King Institute of Preventive Medicine Micro-Biological Section reports 1909-11
Year: 1909
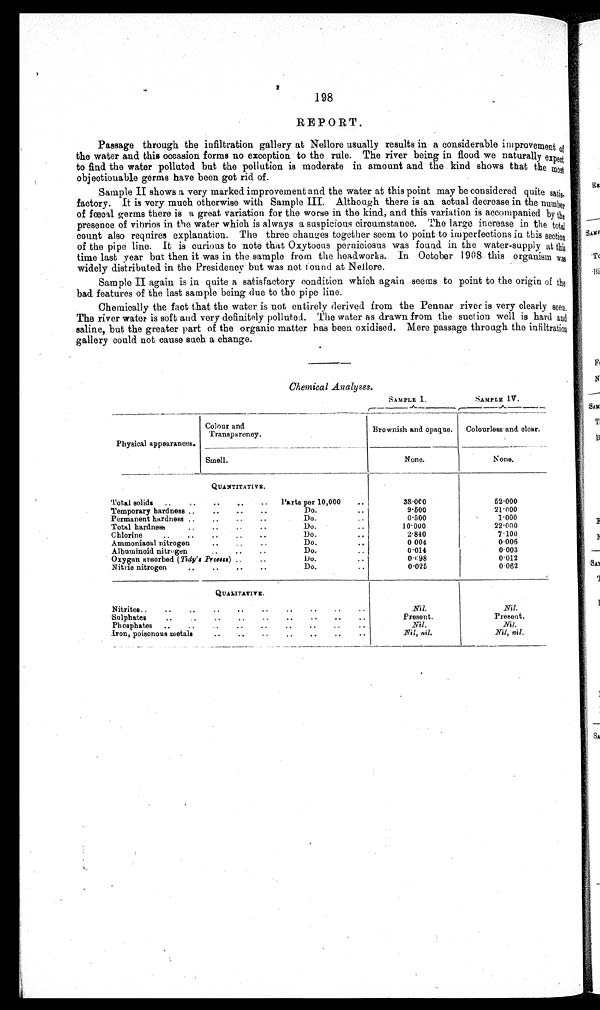
SAMPLE I.
SAMPLE IV.
198
REPORT.
Passage through the infiltration gallery at Nellore usually results in a considerable improvement of
the water and this occasion forms no exception to the rule. The river being in flood we naturally expect
to find the water polluted but the pollution is moderate in amount and the kind shows that the most
objectionable germs have been got rid of.
Sample II shows a very marked improvement and the water at this point may be considered quite satis-
factory. It is very much otherwise with Sample III. Although there is an actual decrease in the number
of fœcal germs there is a great variation for the worse in the kind, and this variation is accompanied by the
presence of vibrios in the water which is always a suspicious circumstance. The large increase in the total
count also requires explanation. The three changes together seem to point to imperfections in this section
of the pipe line. It is curious to note that Oxytocus perniciosus was found in the water-supply at this
time last year but then it was in the sample from the headworks. In October 1908. this organism was
widely distributed in the Presidency but was not found at Nellore.
Sample II again is in quite a satisfactory condition which again se ėms to point to the origin of the
bad features of the last sample being due to the pipe line.
Chemically the fact that the water is not, entirely derived from the Pennar river is very clearly seen.
The river water is soft and very definitely polluted. The water as drawn from the suction well is hard and
saline, but the greater part of the organic matter has been oxidised. Mere passage through the infiltration
gallery could not cause such a change.
Chemical Analyses.
Physical appearances.
Colour and
Transparency.
Brownish and opaque.
Colourless and. clear.
Smell.
None.
None.
QUANTITATIVE.
Total solids
..
..
..
..
..
Parts per 10,000
38.000
52.000
Temporary hardness ..
..
..
..
Do. ..
9.500
21.000
Permanent hardness ..
..
..
..
Do. .. 0.500
1.000
Total hardnees..
..
..
..
Do. ..
10.000
22.000
Chlorine
..
..
..
.. ..
Do. ..
2.840
7.100
Ammoniaoal nitroge
..
..
.. Do. ..
0 004
0.006
Albuminoid nitroge
..
..
..
D o . . .
0-014
0.003
Oxygen absorbed ( Tidy' s Process)
..
..
D o . . .
0-098
0.012
Nitrio nitrogen
..
..
..
..
D o . . .
0.025
0.062
QUALITATIVE.
Nitrites..
..
..
. . . .
. . . . . . . .
Nil.
Nil.
Sulphates
..
...
..
..
..
..
. . .. ..
Present.
Present.
Phosphates
..
..
..
..
.
.
. . . . . . ..
Nil.
Nit.
Iron, poisonous metals
..
..
..
..
..
..
..
Nil, nil.
Nil, nil.